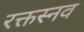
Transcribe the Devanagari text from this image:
रक्तस्नव